Medical and sanitary report on the native army of Bombay for the year
Year: 1878
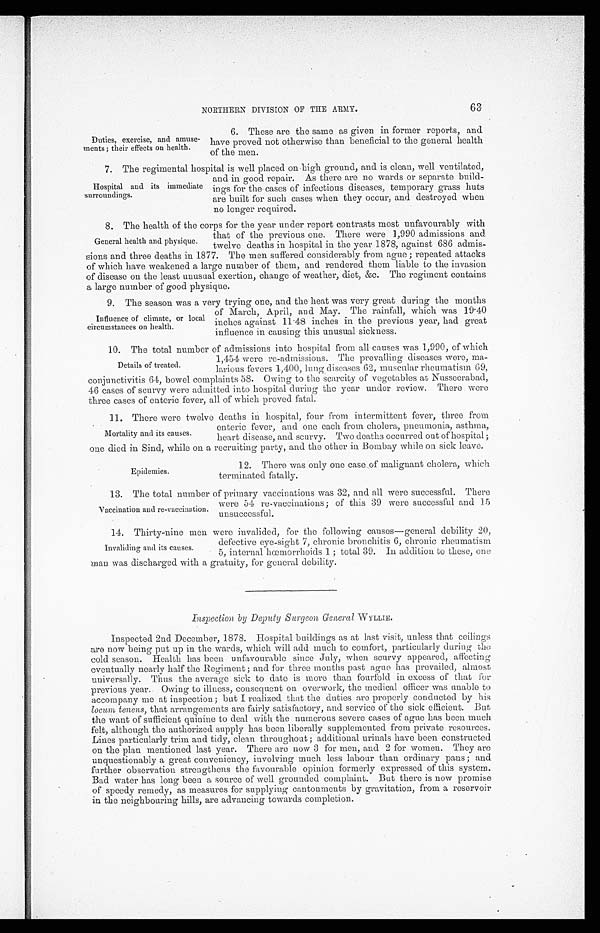
Duties, exercise, and amuse-
ments; their effects on health.
NORTHERN DIVISION OF THE ARMY.
63
6. These are the same as given in former reports, and
have proved not otherwise than beneficial to the general health
of the men.
7. The regimental hospital is well placed on high ground, and is clean, well ventilated,
and in good repair. As there are no wards or separate build-
-ings for the cases of infectious diseases, temporary grass huts
are built for such cases when they occur, and destroyed when
no longer required.
8. The health of the corps for the year under report contrasts most unfavourably with
that of the previous one. There were 1,990 admissions and
twelve deaths in hospital in the year 1878, against 686 admis-
- s i o n s a n d t h r e e d e a t h s i n 1 8 7 7 . T h e m e n s u f f e r e d c o n s i d e r a b l y f r o m a g u e ; r e p e a t e d a t t a c k s
of which have weakened a large number of them, and rendered them liable to the invasion
of disease on the least unusual exertion, change of weather, diet, &c. The regiment contains
a large number of good physique.
9. The season was a very trying one, and the heat was very great during the months
of March, April, and May. The rainfall, which was 19.40
inches against 11.48 inches in the previous year, had great
influence in causing this unusual sickness.
10. The total number of admissions into hospital from all causes was 1,990, of which
1,454 were re-admissions. The prevailing diseases were, ma-
larious fevers 1,400, lung diseases 62, muscular rheumatism 69,
conjunctivitis 64, bowel complaints 58. Owing to the scarcity of vegetables at Nusseerabad,
46 cases of scurvy were admitted into hospital daring the year under review. There were
three cases of enteric fever, all of which proved fatal.
11. There were twelve deaths in hospital, four from intermittent fever, three from
enteric fever, and one each from cholera, pneumonia, asthma,
heart disease, and scurvy. Two deaths occurred out of hospital;
one died in Sind, while on a recruiting party, and the other in Bombay while on sick leave.
Hospital and its immediate
surroundings.
General health and physique.
Influence of climate, or local
circumstances on health.
Details of treated.
Mortality and its causes.
Epidemics.
12. There was only one case of malignant cholera, which
terminated fatally.
13. The total number of primary vaccinations was 32, and all were successful. There
were 54 re-vaccinations; of this 39 were successful and 15
unsuccessful.
14. Thirty-nine men were invalided, for the following causes—general debility 20,
defective eye-sight 7, chronic bronchitis 6, chronic rheumatism
5, internal hœmorrhoids 1; total 39. In addition to these, one
man was discharged with a gratuity, for general debility.
Inspection by Deputy Surgeon General WYLLIE.
Inspected 2nd December, 1878. Hospital buildings as at last visit, unless that ceilings
are now being put up in the wards, which will add much to comfort, particularly during the
cold season. Health has been unfavourable since July, when scurvy appeared, affecting
eventually nearly half the Regiment; and for three months past ague has prevailed, almost
universally. Thus the average sick to date is more than fourfold in excess of that for
previous year. Owing to illness, consequent on overwork, the medical officer was unable to
accompany me at inspection; but I realized that the duties are properly conducted by his
locum teneus, that arrangements are fairly satisfactory, and service of the sick efficient. But
the want of sufficient quinine to deal with the numerous severe cases of ague has been much
felt, although the authorized supply has been liberally supplemented from private resources.
Lines particularly trim and tidy, clean throughout; additional urinals have been constructed
on the plan mentioned last year. There are now 3 for men, and 2 for women. They are
unquestionably a great conveniency, involving much less labour than ordinary pans; and
further observation strengthens the favourable opinion formerly expressed of this system.
Bad water has long been a source of well grounded complaint. But there is now promise
of speedy remedy, as measures for supplying cantonments by gravitation, from a reservoir
in the neighbouring hills, are advancing towards completion.
Vaccination and re-vaccination.
Invaliding and its causes.